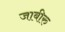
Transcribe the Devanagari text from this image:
जाबीरु